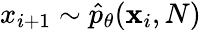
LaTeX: x_{i+1}\sim\hat{p}_{\theta}(\mathbf{x}_{i},N)